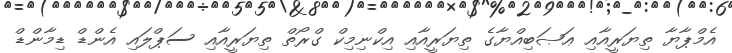
އެމްޕާޔާ ތިޔަރީއާއި ޢަޞަބިއްޔާގެ ތިޔަރީއާއި އިކްނިމިކް ގްރޯތް ތިޔަރީއާއި ސަޕްލައި އެންޑް ޑިމާންޑް